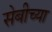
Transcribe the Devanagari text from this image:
सेबीच्या